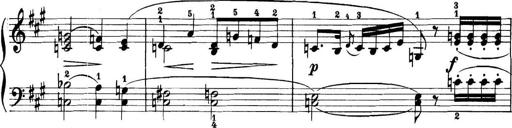
Title: 11 Sonatinas
Composer: Anton Diabelli